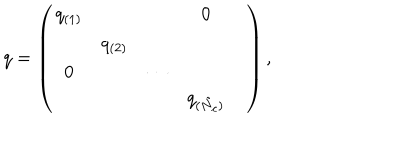
LaTeX: q = \left( \begin{array} { c c c c c } { { q _ { ( 1 ) } } } & { { } } & { { } } & { { 0 } } & { { } } \\ { { } } & { { q _ { ( 2 ) } } } & { { } } & { { } } & { { } } \\ { { 0 } } & { { } } & { { \cdots } } & { { } } & { { } } \\ { { } } & { { } } & { { } } & { { q _ { ( \tilde { N } _ { c } ) } } } & { { } } \\ \end{array} \right) ,